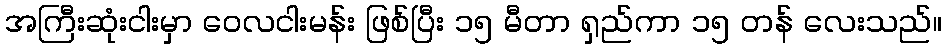
အကြီးဆုံးငါးမှာ ဝေလငါးမန်း ဖြစ်ပြီး ၁၅ မီတာ ရှည်ကာ ၁၅ တန် လေးသည်။